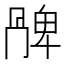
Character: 𠕩